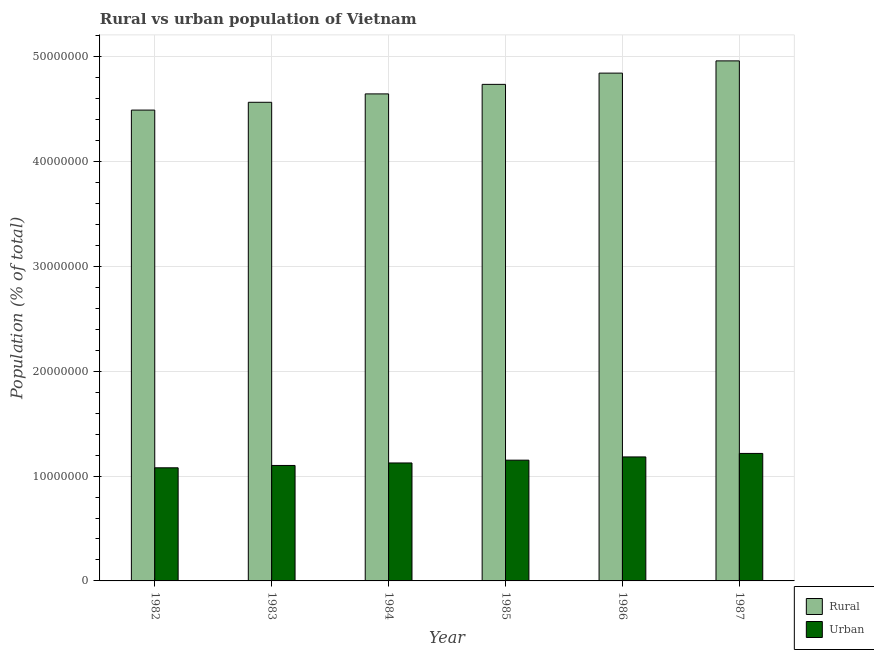
| Year | Rural | Urban |
 | --- | --- | --- |
 | 1982 | 4.49e+07 | 1.08e+07 |
 | 1983 | 4.56e+07 | 1.1e+07 |
 | 1984 | 4.64e+07 | 1.12e+07 |
 | 1985 | 4.74e+07 | 1.15e+07 |
 | 1986 | 4.84e+07 | 1.18e+07 |
 | 1987 | 4.96e+07 | 1.22e+07 |